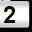
Digit: 2